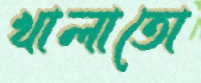
খালাতো